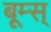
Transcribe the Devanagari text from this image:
बूम्स्